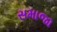
સમાજા